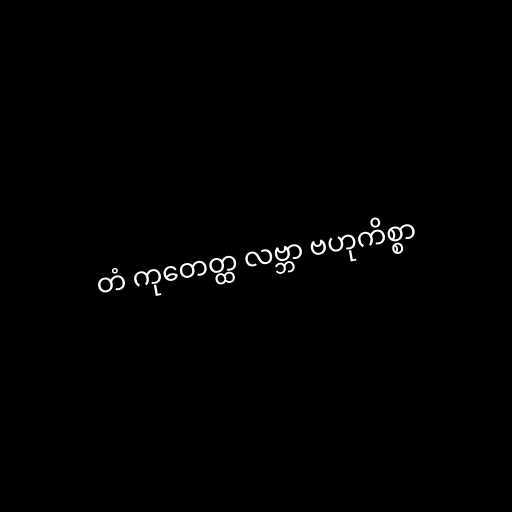
တံ ကုတေတ္ထ လဗ္ဘာ ဗဟုကိစ္စာ